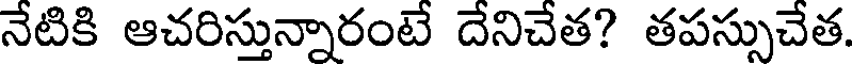
నేటికి ఆచరిస్తున్నారంటే దేనిచేత? తపస్సుచేత.